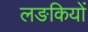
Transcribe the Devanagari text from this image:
लङकियों